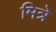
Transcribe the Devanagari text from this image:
मित्रे